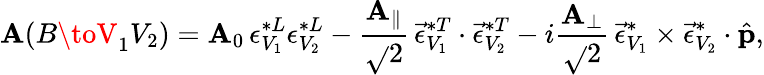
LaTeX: \mathbf{A}(B\toV_{1}V_{2})=\mathbf{A}_{0}\, {\epsilon}_{V_{1}}^{*L}{\epsilon}_{V_{2}}^{*L}-\frac{{\mathbf{A}_{\| }}}{{\sqrt{}{{2}}}}\, \vec{{\epsilon}}_{V_{1}}^{*T}\cdot\vec{{\epsilon}}_{V_{2}}^{*T}-i\frac{{\mathbf{A}_{\perp}}}{{\sqrt{}{{2}}}}\, \vec{{\epsilon}}_{V_{1}}^{*}\times\vec{{\epsilon}}_{V_{2}}^{*}\cdot\hat{{\mathbf{p}}},